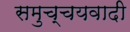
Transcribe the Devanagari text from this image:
समुच्चयवादी